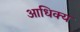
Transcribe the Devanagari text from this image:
आधिक्‍य